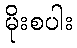
မိုးစပါး